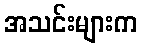
အသင်းများက